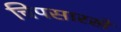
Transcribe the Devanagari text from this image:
चिपसारखे